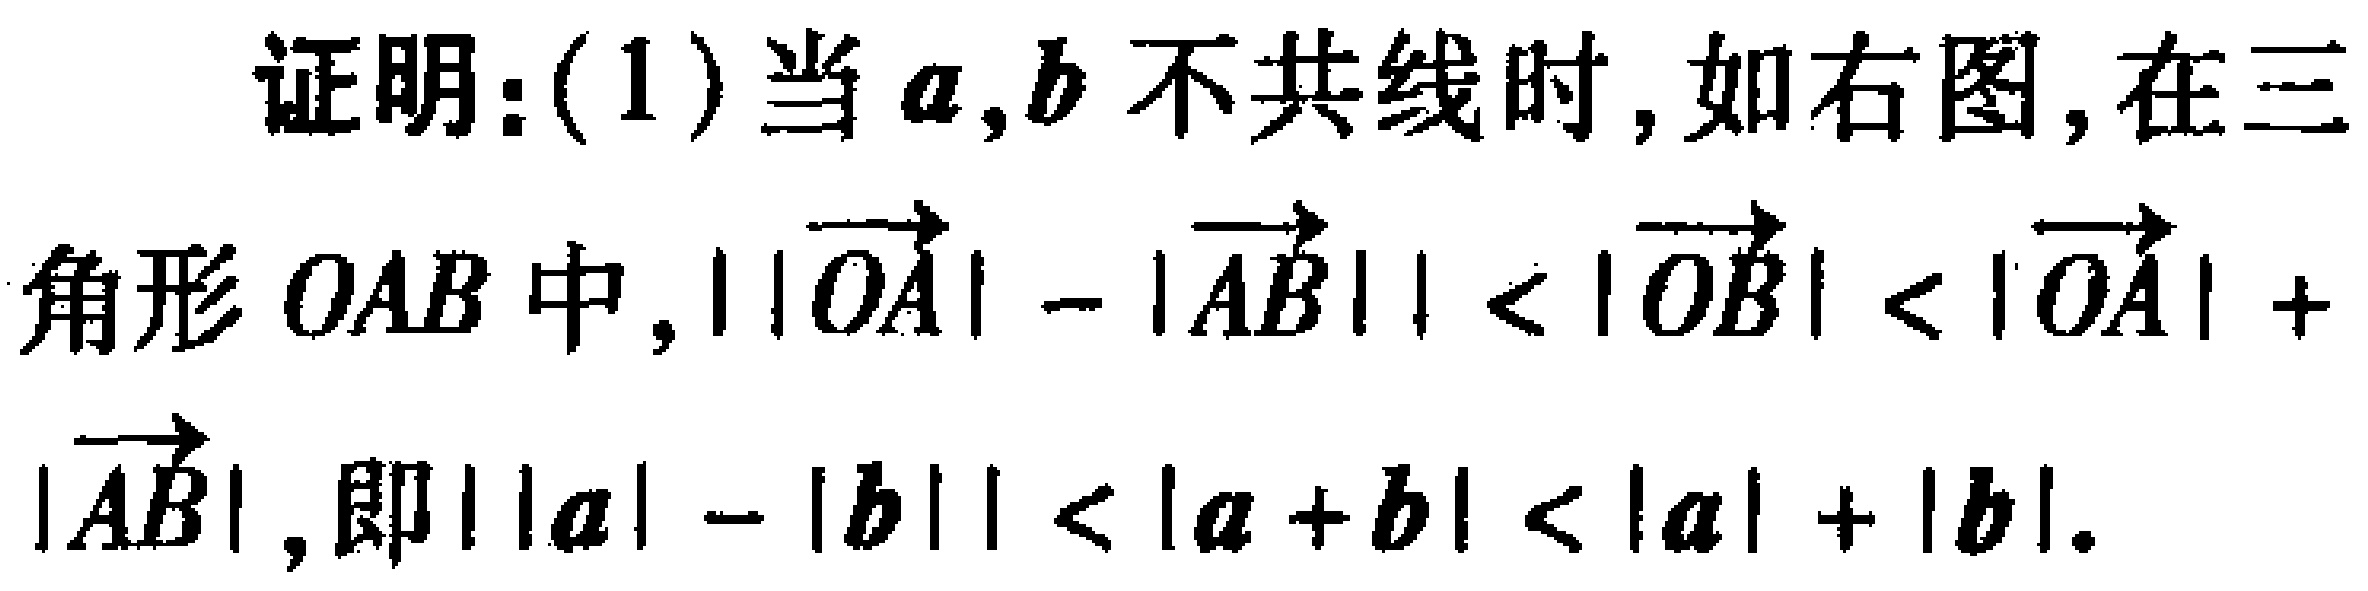
证明：(1)当\(a,b\)不共线时，如右图，在三角形 \(OAB\) 中，\(||\overrightarrow{OA}|-|\overrightarrow{AB}|| < |\overrightarrow{OB}| < |\overrightarrow{OA}| + |\overrightarrow{AB}|\)，即\(||a|-|b|| < |a + b| < |a| + |b|\)。